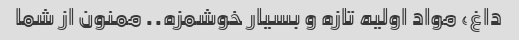
داغ، مواد اولیه تازه و بسیار خوشمزه.. ممنون از شما